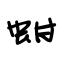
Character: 蚶